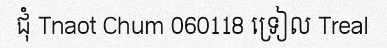
ជុំ Tnaot Chum 060118 ទ្រៀល Treal